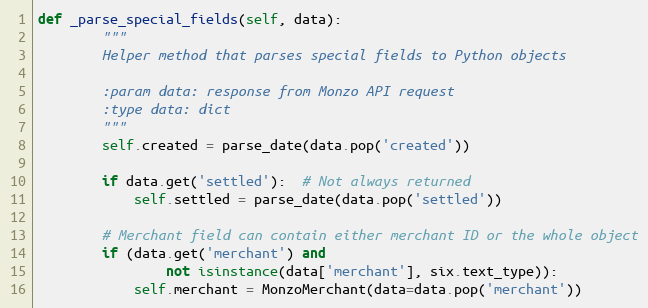
Language: Python
def _parse_special_fields(self, data):
        """
        Helper method that parses special fields to Python objects

        :param data: response from Monzo API request
        :type data: dict
        """
        self.created = parse_date(data.pop('created'))

        if data.get('settled'):  # Not always returned
            self.settled = parse_date(data.pop('settled'))

        # Merchant field can contain either merchant ID or the whole object
        if (data.get('merchant') and
                not isinstance(data['merchant'], six.text_type)):
            self.merchant = MonzoMerchant(data=data.pop('merchant'))